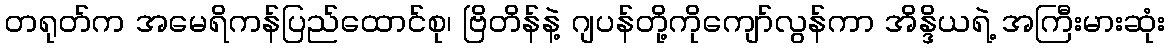
တရုတ်က အမေရိကန်ပြည်ထောင်စု၊ ဗြိတိန်နဲ့ ဂျပန်တို့ကိုကျော်လွန်ကာ အိန္ဒိယရဲ့ အကြီးမားဆုံး